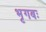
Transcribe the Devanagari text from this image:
भृगबः